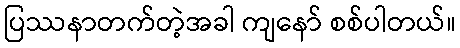
ပြဿနာတက်တဲ့အခါ ကျနော် စစ်ပါတယ်။